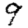
Digit: 9